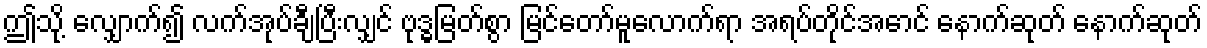
ဤသို့ လျှောက်၍ လက်အုပ်ချီပြီးလျှင် ဗုဒ္ဓမြတ်စွာ မြင်တော်မူလောက်ရာ အရပ်တိုင်အောင် နောက်ဆုတ် နောက်ဆုတ်